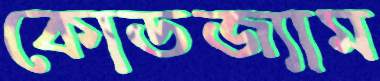
কোডজ্যাম